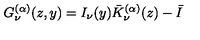
G _ { \nu } ^ { ( \alpha ) } ( z , y ) = I _ { \nu } ( y ) \bar { K } _ { \nu } ^ { ( \alpha ) } ( z ) - \bar { I }